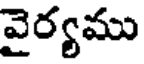
వైర్యము